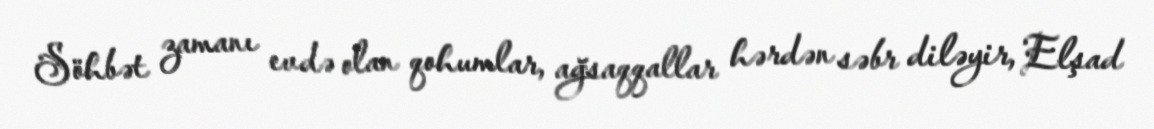
Söhbət zamanı evdə olan qohumlar, ağsaqqallar hərdən səbr diləyir, Elşad